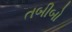
તબીબો